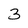
Character: 3